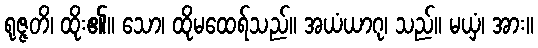
ရုဇ္ဇတိ၊ ထိုး၏။ သော၊ ထိုမထေရ်သည်။ အယံယာဂု၊ သည်။ မယှံ၊ အား။